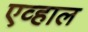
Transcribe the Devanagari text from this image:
एव्हाल